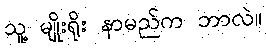
သူ့ မျိုးရိုး နာမည်က ဘာလဲ။